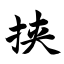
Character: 挟